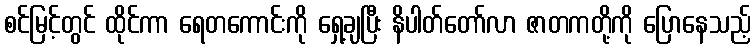
စင်မြင့်တွင် ထိုင်ကာ ရေတကောင်းကို ရှေ့ချပြီး နိပါတ်တော်လာ ဇာတကတို့ကို ပြောနေသည့်